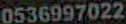
0536997022